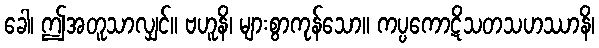
ခေါ၊ ဤအတူသာလျှင်။ ဗဟူနိ၊ များစွာကုန်သော။ ကပ္ပကောဋိသတသဟဿာနိ၊